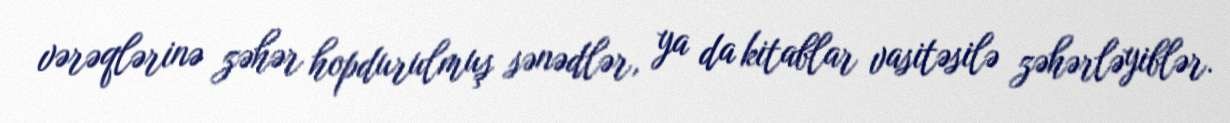
vərəqlərinə zəhər hopdurulmuş sənədlər, ya da kitablar vasitəsilə zəhərləyiblər.